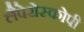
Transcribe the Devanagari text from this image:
लैपेरोस्कोपी